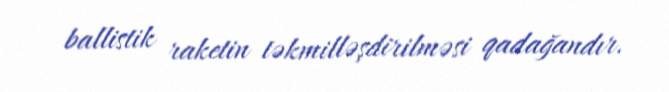
ballistik raketin təkmilləşdirilməsi qadağandır.